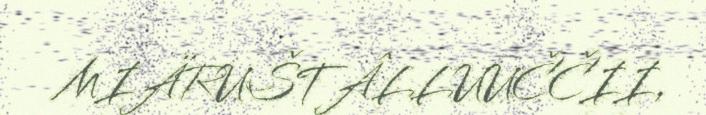
MIÄRUŠTÂLLUUČČII,